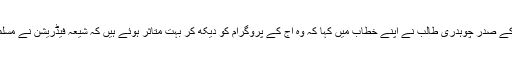
گوجر بکروال اسٹوڈنٹ فیڈریشن کے صدر چوہدری طالب نے اپنے خطاب میں کہا کہ وہ آج کے پروگرام کو دیکھ کر بہت متاثر ہوئے ہیں کہ شیعہ فیڈریشن نے مسلمانوں کو ایک اسٹیج فراہم کیا ہے۔